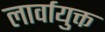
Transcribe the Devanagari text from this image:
लार्वायुक्त